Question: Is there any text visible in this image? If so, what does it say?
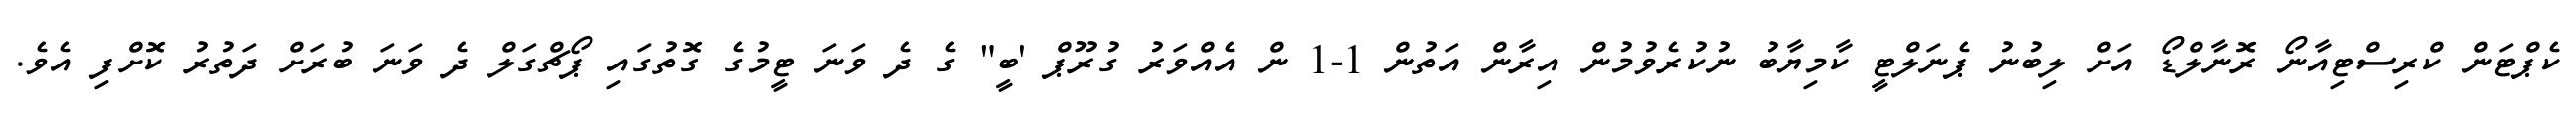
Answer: ކެޕްޓަން ކްރިސްޓިއާނޯ ރޮނާލްޑޯ އަށް ލިބުނު ޕެނަލްޓީ ކާމިޔާބު ނުކުރެވުމުން އިރާން އަތުން 1-1 ން އެއްވަރު ގުރޫޕް 'ބީ" ގެ ދެ ވަނަ ޓީމުގެ ގޮތުގައި ޕޯޗްގަލް ދެ ވަނަ ބުރަށް ދަތުރު ކޮށްފި އެވެ.